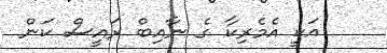
އަކީ އެމެރިކާ ގެ ނާއިބް ރައީސް ކަން